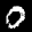
Label: 0